Report on the administration of the Government Cinchona Department 1892-98
Year: 1892
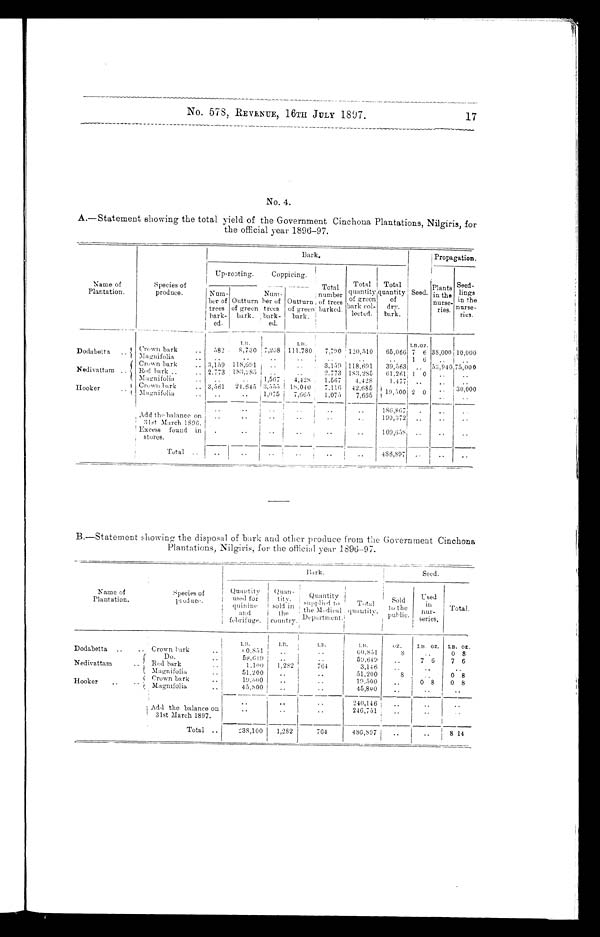
No. 578, REVENUE, 16TH JULY 1897.
No. 4.
A.-Statement showing the total yield of the Government Cinchona Plantations, Nilgiris, for
the official year 1896-97.
Bark.
Seed.
Propagation.
Name of
Plantation.
Species of
produce.
Up-rooting.
Coppicing.
Tot al number of t r ees bar ked.
T o t a l q u a n t i t y o f g r e e n b a r k c o l - l e c t e d . T o t a l q u a n t i t y o f
dry. bar k.
Pl a n t s i n t h e n u r s e - r i e s . Seed-lings
i n t he nurse-ri es.
Nu m- b e r o f t r e e s b a r k - e d .
Outturn
of green bark.
Nu m- b e r o f t r e e s b a r k - e d .
Out t ur n of gr een bar k.
LB.
LB.
LB.OZ.
Dodabetta
Crown bark
..
582
8,730 7,208 111.780
7,790 120,510
65,066 7 6 38,000 10,000
..
Magnifolia
..
..
..
1 6
Crown bark
3,159 118,691
3,159 118,691
39,563 .. 53,940 75,000
Nedivattam .. Red bark ..
2.773 183,285
2,773 183,285
61,261 1 0
Magnifolia
.. ..
..
1,567
4,428
1,567
4,428
1.477 ..
Hooker
C r o w n b a r k
. .
3.561
24.645 3 ,555
18,040
7,116
42,685
19,500 2 0
30,000
M a g n i f o l i a
..
..
..
1,075
7,665
1,075
7,665
..
..
..
186,867
Add the balance on
31st. March 1896.
Excess found in
stores.
..
..
..
..
..
190,372 ..
..
.
..
.
..
..
109,658
.
..
..
Total ..
..
..
..
.
..
..
486,897
..
B.-Statement showing the disposal of bark and other produce from the Government Cinchona
Plantations, Nilgiris, for the official year 1896-97.
Name of
Plantation.
Species of
produce.
Bark.
Seed.
Quantity
used for
quinine
and
febrifuge.
Quan-
tity sold
in the
country.
Quantity
supplied to
the Medical
Department.
Total
quantity.
Sold
to the
public.
Used
in
nur-
series.
Total.
L B .
L B .
L B .
LB.
O Z . LB. OZ. LB. OZ.
Dodabetta ..
.. Crown bark
..
6 0 , 8 5 1
60,85
8
0 8
Do.
59,649
..
59,649
7 6
7 6
Nedivattam
..
Red bark
..
1,100
1,282
764
3,146
_
Magnifolia
..
51,200
..
51,200
0 8
Hooker
Crown bark
Magnifolia
..
19,300
45,800
..
..
..
19,500
45,800
..
..
0 8
0 8
Add the balance on
31st March 1897.
..
..
..
240,146
..
..
..
..
. . 246,751
..
..
..
Total ..
238,100
1,282
764
486,897
.
..
8 14
17